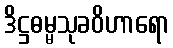
ဒိဋ္ဌဓမ္မသုခဝိဟာရော